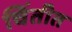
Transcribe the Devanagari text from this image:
चिंतीत